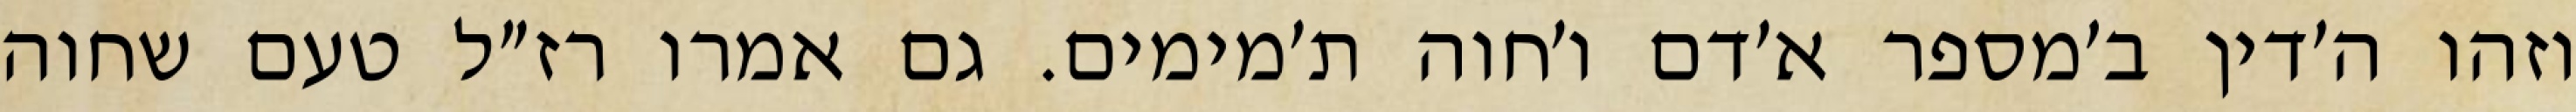
וזהו ה׳דין ב׳מספר א׳דם ו׳חוה ת׳מימים. גם אמרו רז״ל טעם שחוה